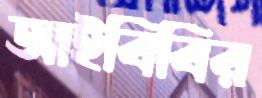
আইবিবির